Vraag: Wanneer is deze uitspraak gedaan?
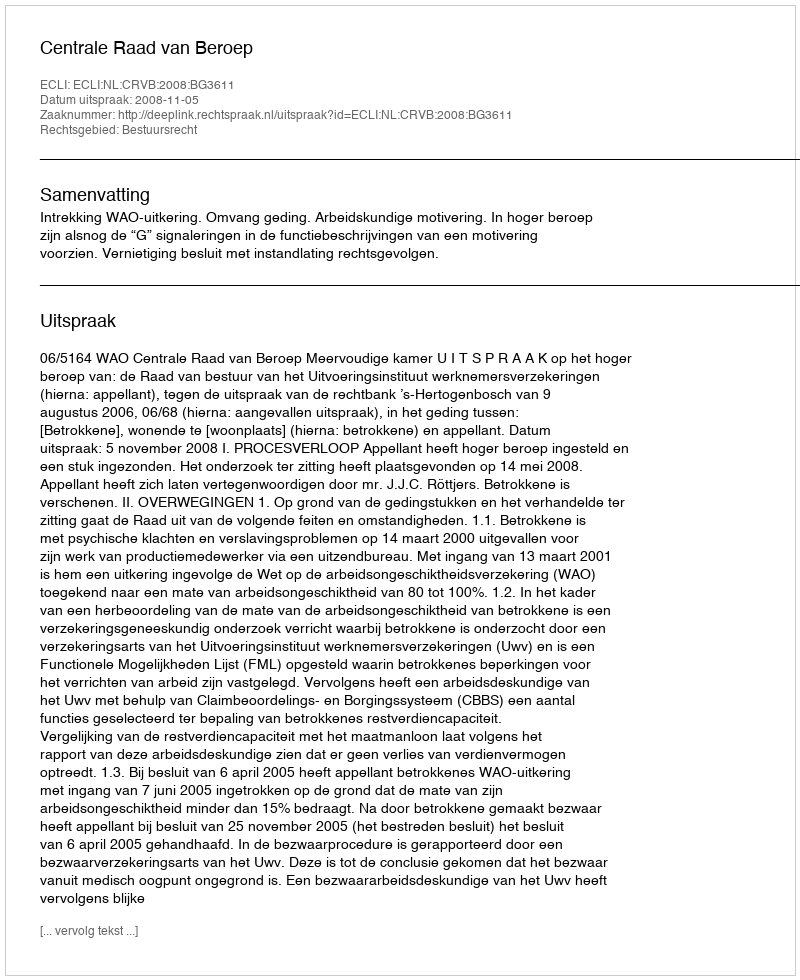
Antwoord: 2008-11-05